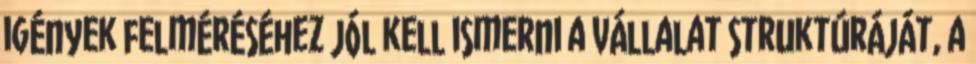
igények felméréséhez jól kell ismerni a vállalat struktúráját, a